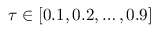
\tau \in [ 0 . 1 , 0 . 2 , \ldots , 0 . 9 ]